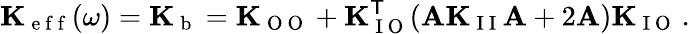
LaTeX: \mathbf{K}_{\mathrm{~e~f~f~}}(\omega)=\mathbf{K}_{\mathrm{~b~}}=\mathbf{K}_{\mathrm{~O~O~}}+\mathbf{K}_{\mathrm{~I~O~}}^{\mathsf{T}}(\mathbf{A}\mathbf{K}_{\mathrm{~I~I~}}\mathbf{A}+2\mathbf{A})\mathbf{K}_{\mathrm{~I~O~}}\, .